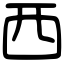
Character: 西